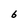
Character: 6